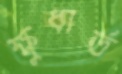
ক্ষুধার্ত